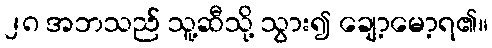
၂၈ အဘသည် သူ့ဆီသို့ သွား၍ ချော့မော့ရ၏။